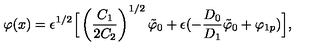
\varphi ( x ) = \epsilon ^ { 1 / 2 } \Big \lbrack \left( \frac { C _ { 1 } } { 2 C _ { 2 } } \right) ^ { 1 / 2 } \tilde { \varphi } _ { 0 } + \epsilon ( - \frac { D _ { 0 } } { D _ { 1 } } \tilde { \varphi } _ { 0 } + \varphi _ { 1 p } ) \Big \rbrack ,